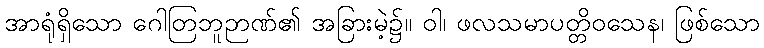
အာရုံရှိသော ဂေါတြဘူဉာဏ်၏ အခြားမဲ့၌။ ဝါ၊ ဖလသမာပတ္တိဝသေန၊ ဖြစ်သော